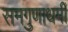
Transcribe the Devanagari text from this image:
समगुणाधर्मी